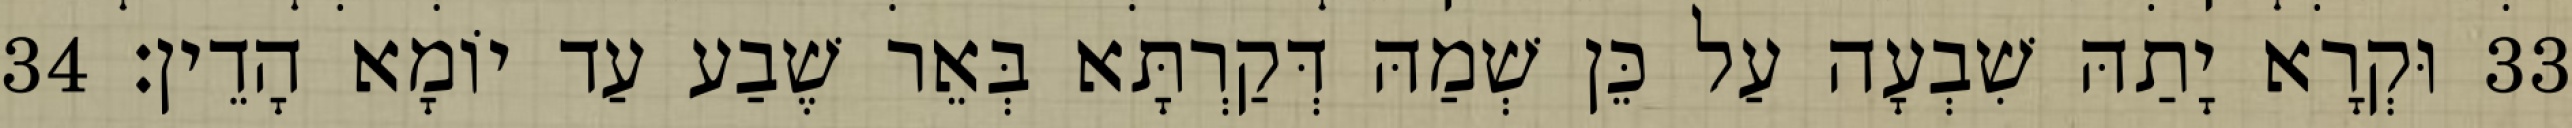
33 וּקְרָא יָתַהּ שִׁבְעָה עַל כֵּן שְׁמַהּ דְּקַרְתָּא בְּאֵר שֶׁבַע עַד יוֹמָא הָדֵין׃ 34